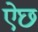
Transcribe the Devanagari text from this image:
ऐछ